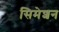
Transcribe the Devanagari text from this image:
सिमेशन